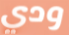
ودي